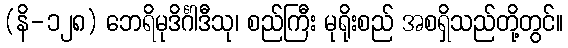
(နိ-၁၂၈) ဘေရိမုဒိင်္ဂါဒီသု၊ စည်ကြီး မုရိုးစည် အစရှိသည်တို့တွင်။